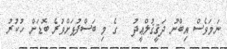
ނަމަވެސް އިބްނު ދަޤީޤުލްޢީދު   ގެ މި ބަސްފުޅަށްވުރެ ބޮޑަށް ހުކުރު